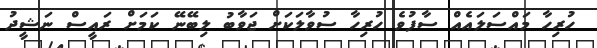
ހުރިހާ މައްސަލައެއް ސާފުވެ ހުރިހާ ސުވާލަކަށް ޖަވާބު ލިބޭނޭ ކަމަށް ރައީސް ނަޝީދު